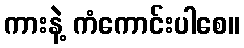
ကားနဲ့ ကံကောင်းပါစေ။